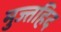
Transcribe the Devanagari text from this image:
मुज्तहिद